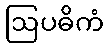
ဩပဓိကံ